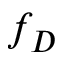
f _ { D }